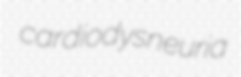
cardiodysneuria